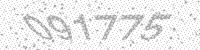
Solution: 091775